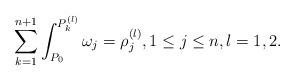
LaTeX: \begin{align*} \sum_{k=1}^{n+1}\int_{P_{0}}^{P_{k}^{(l)}}\omega_{j}=\rho^{(l)}_{j},1\leq j\leq n,l=1,2.\end{align*}